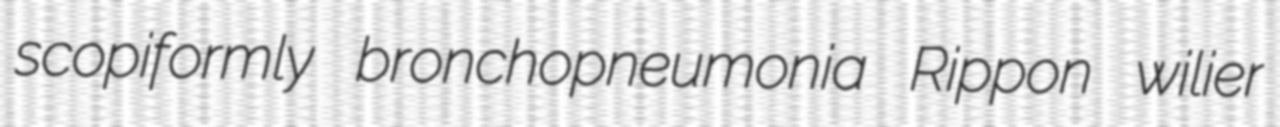
scopiformly bronchopneumonia Rippon wilier